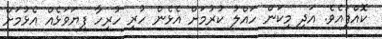
ކޮއްފައެވެ. އަދި މިކަން ހައްލު ކުރުމަށް އެޅެން ހުރި ހުރިހާ ފިޔަވަޅެއް އެޅުމަށް